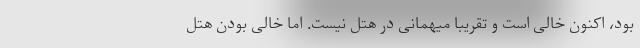
بود، اکنون خالی است و تقریبا میهمانی در هتل نیست. اما خالی بودن هتل